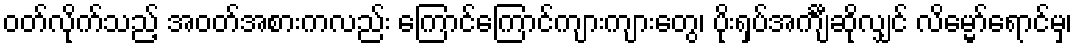
ဝတ်လိုက်သည့် အဝတ်အစားကလည်း ကြောင်ကြောင်ကျားကျားတွေ၊ ပိုးရှပ်အင်္ကျီဆိုလျှင် လိမ္မော်ရောင်မှ၊